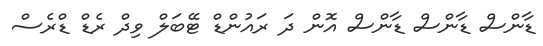
ޑާންސް ޑާންސް ޑާންސް އޮން ދަ ރައުންޑް ޓޭބަލް ވިދް ރެޑް ޑްރެސް